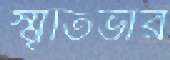
স্মৃতিভার